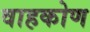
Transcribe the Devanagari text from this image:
वाहकोण